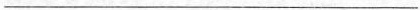
___